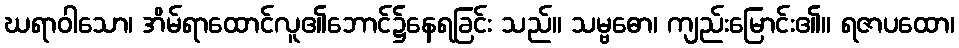
ဃရာဝါသော၊ အိမ်ရာထောင်လူ၏ဘောင်၌နေရခြင်း သည်။ သမ္ဗဓော၊ ကျည်းမြောင်း၏။ ရဇာပထော၊